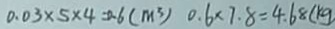
0 . 0 3 \times 5 \times 4 = 0 . 6 ( m ^ { 3 } ) 0 . 6 \times 7 . 8 = 4 . 6 8 ( k g